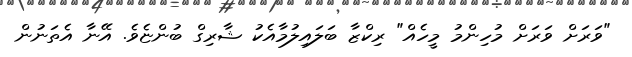
"ވަރަށް ވަރަށް މުހިންމު މީހެއް" ރިކްޒާ ބަލައިލުމާއެކު ޝާރިގް ބުންޏެވެ. އޭނާ އެތަނުން